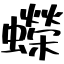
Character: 蠑